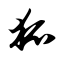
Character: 狐